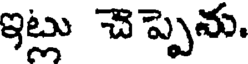
ఇట్లు చెప్పెను.